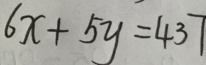
6 x + 5 y = 4 3 7